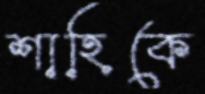
শাহিকে